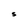
Character: S